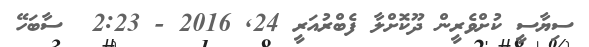
ސިޔާސީ ކުށްވެރީން ދޫކޮށްލާ ފެބްރުއަރީ 24